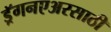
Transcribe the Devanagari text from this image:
ड्रॅगनएअरसाठी